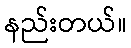
နည်းတယ်။